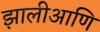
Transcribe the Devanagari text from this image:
झालीआणि